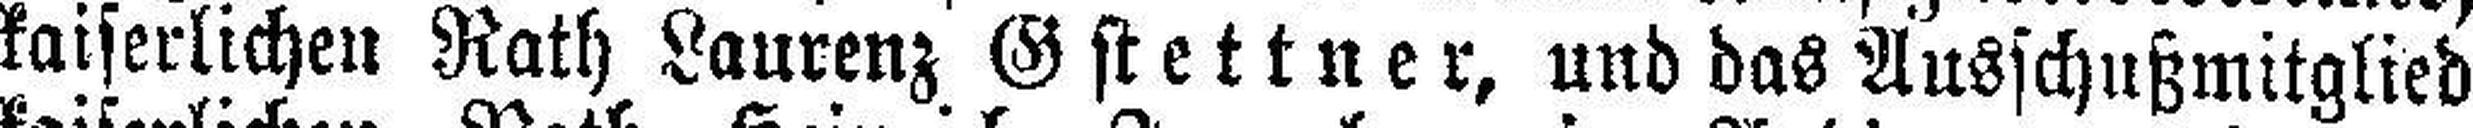
kaiserlichen Rath Laurenz Ostettner, und das Ausschußmitglied